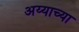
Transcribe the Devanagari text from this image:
अय्याच्या